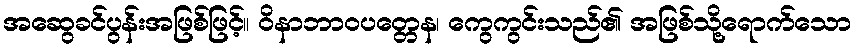
အဆွေခင်ပွန်းအဖြစ်ဖြင့်။ ဝိနာဘာဝပတ္တေန၊ ကွေကွင်းသည်၏ အဖြစ်သို့ရောက်သော